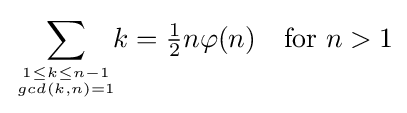
\sum _{1\leq k\leq n-1 \atop gcd(k,n)=1}\!\!k={\tfrac {1}{2}}n\varphi (n)\quad {\text{for }}n>1